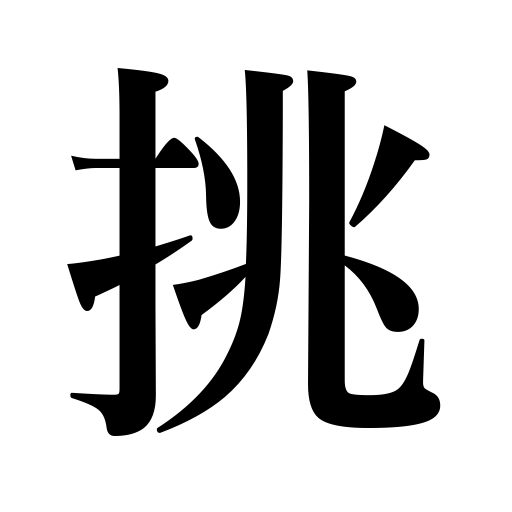
Meanings: contend for,make love to,challenge